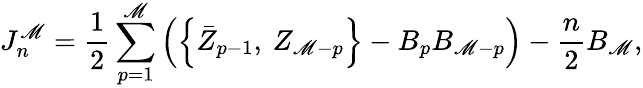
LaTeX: J_{n}^{\mathscr{M}}=\frac{1}{2}\sum_{p=1}^{\mathscr{M}}\left(\left\{ \bar{{Z}}_{p-1},\: Z_{\mathscr{M}-p}\right\} -B_{p}B_{\mathscr{M}-p}\right)-\frac{n}{2}B_{\mathscr{M}},